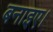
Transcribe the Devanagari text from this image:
बनाइए।